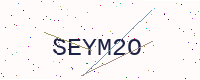
Text: SEYM2O